Lunatic asylums Punjab 1895-1910 - 1895-1910
Year: 1895
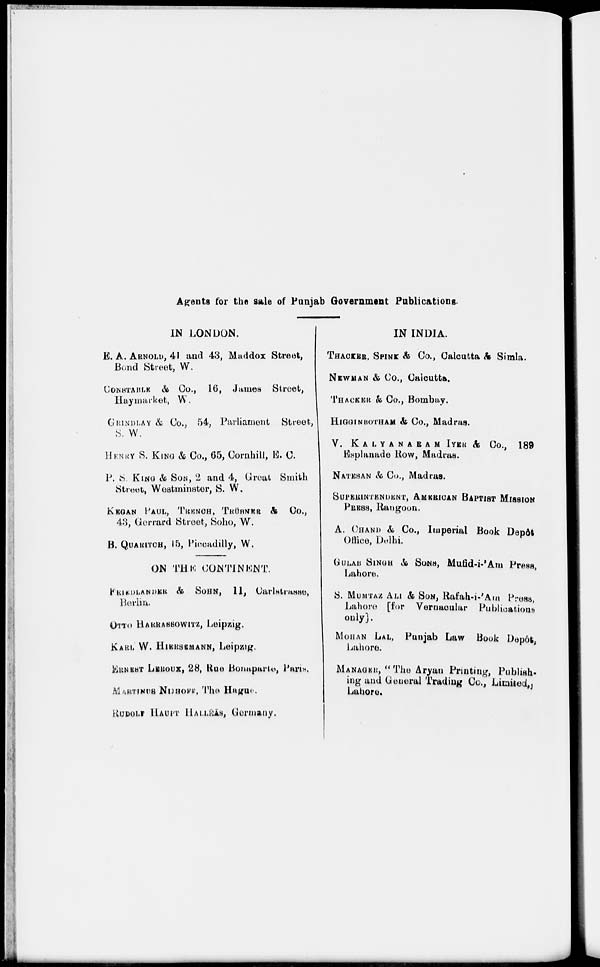
Agents for the sale of Punjab Government Publications.
IN LONDON.
E. A. ARNOLD, 41 and 43, Maddox Street,
Bond Street, W.
CONSTABLE & Co., 16, James Street,
Haymarket, W.
GRINDLAY & Co., 54, Parliament Street,
S. W.
HENRY S. KING & Co., 65, Cornhill, E. C.
P. S. KING & SON, 2 and 4, Great Smith
Street, Westminster, S. W.
KEGAN PAUL, TRENCH, TRÜRNER &
Co.,
43, Gerrard Street, Soho, W.
B. QUARITCH, 15, Piccadilly, W.
ON THE CONTINENT.
FRIENDLANDER & SOHN, 11, Carlstrasse,
Berlin.
OTTO HARRASSOWITZ, Leipzig.
KARL W. HIERSEMANN, Leipzig.
KRNEST LEROUX, 28, Rue Bonaparte, Paris.
MARTINUS NIJHOFF, The Hague.
RUDOLT HAUPT MALLĒĀS, Germany.
IN INDIA.
THACKER, SPINK & Co., Calcutta & Simla.
NEWMAN & Co., Calcutta.
THACKER & Co., Bombay.
HIGGINBOTHAM & Co., Madras.
V.
KALYANARAM
IYER
&
Co.,
189
Esplanade Row, Madras.
NATESAN & Co., Madras.
SUPERINTENDENT, AMERICAN BAPTIST MISSION
PRESS, Rangoon.
A. CHAND & Co., Imperial Book Depôt
Office, Delhi.
GULAB SINGH & SONS, Mufid-i-'Am Press,
Lahore.
S. MUMTAZ ALI & SON, Rafah-i-'Am Press,
Lahore [for Vernacular Publications
only].
MOHAN LAL, Punjab Law Book Depôt,
Lahore.
MANAGER, " The Aryan Printing, Publish.
ing and General Trading Co., Limited,
Lahore.